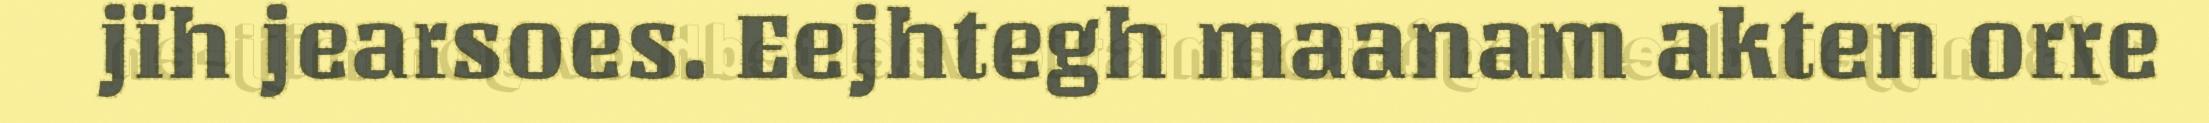
jïh jearsoes. Eejhtegh maanam akten orre